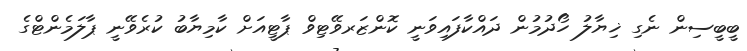
ބީބީސިން ނެގި ޚިޔާލު ހޯދުމުން ދައްކާފައިވަނީ ކޮންޒަރވޭޓިވް ޕާޓީއަށް ކާމިޔާބު ކުރެވޭނީ ޕާލަމެންޓްގެ